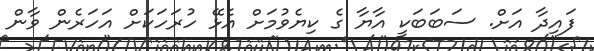
ފައިދާ އަށް. ސަބަބަކީ އާޔާ ގެ ކިޔެވުމަށް އެޅޭ ހުރަހަކަށް އަހަރެން ވާން